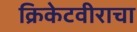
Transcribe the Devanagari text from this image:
क्रिकेटवीराचा